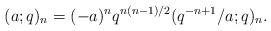
LaTeX: \begin{align*} (a ; q)_n = (- a)^n q^{n (n - 1) / 2} (q^{- n + 1} / a ; q)_n . \end{align*}